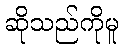
ဆိုသည်ကိုမူ